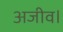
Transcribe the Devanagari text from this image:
अजीव।